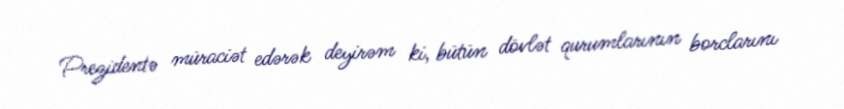
Prezidentə müraciət edərək deyirəm ki, bütün dövlət qurumlarının borclarını